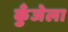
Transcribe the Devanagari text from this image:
कुँजेला